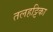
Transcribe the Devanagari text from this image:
तलहट्टिका